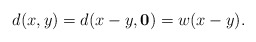
\begin{align*}d(x,y)=d(x-y,{\bf 0})=w(x-y).\end{align*}